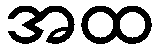
အထ